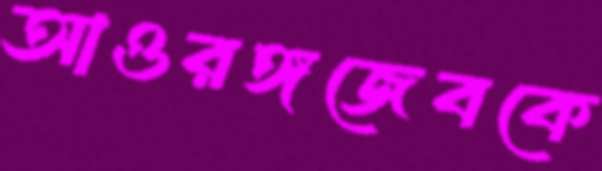
আওরঙ্গজেবকে